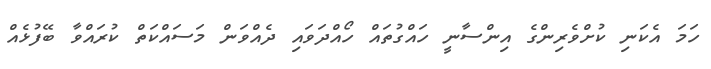
ހަމަ އެކަނި ކުށްވެރިންގެ އިންސާނީ ހައްގުތައް ހޯއްދަވައި ދެއްވަން މަސައްކަތް ކުރައްވާ ބޭފުޅެއް